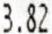
3.82